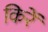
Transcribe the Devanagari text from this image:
किरें